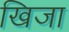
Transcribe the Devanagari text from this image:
खिजा